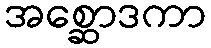
အစ္ဆောဒကာ